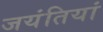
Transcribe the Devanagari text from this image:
जयंतियां